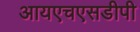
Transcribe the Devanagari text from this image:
आयएचएसडीपी